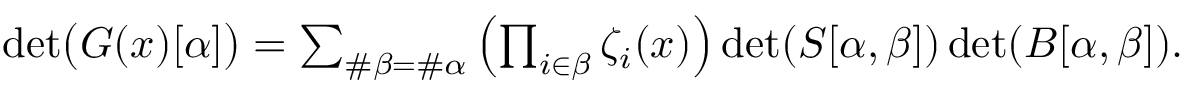
\begin{array} { r } { \operatorname* { d e t } \bigl ( G ( \boldsymbol { x } ) [ \alpha ] \bigr ) = \sum _ { \# \beta = \# \alpha } \left( \prod _ { i \in \beta } \zeta _ { i } ( \boldsymbol { x } ) \right) \operatorname* { d e t } ( S [ \alpha , \beta ] ) \operatorname* { d e t } ( B [ \alpha , \beta ] ) . } \end{array}